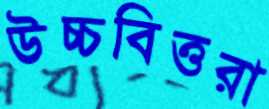
উচ্চবিত্তরা